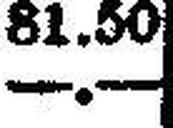
—.—